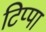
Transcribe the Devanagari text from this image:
टिप्पा